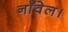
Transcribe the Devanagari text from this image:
नाॅवेल।